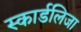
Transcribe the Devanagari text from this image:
स्कार्डलिजा